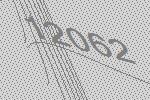
12062